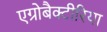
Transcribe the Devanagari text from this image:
एग्रोबैक्टीरिया